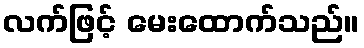
လက်ဖြင့် မေးထောက်သည်။